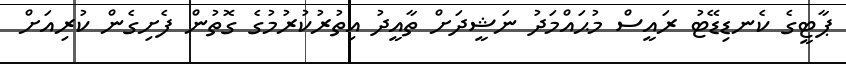
ޕާޓީގެ ކެނޑިޑޭޓު ރައީސް މުޙައްމަދު ނަޝީދަށް ތާއީދު އިތުރުކުރުމުގެ ގޮތުން ފެށިގެން ކުރިއަށް